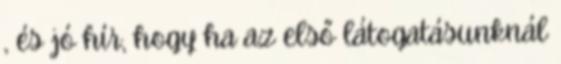
, és jó hír, hogy ha az első látogatásunknál